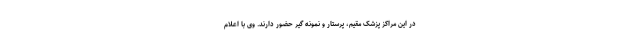
در این مراکز پزشک مقیم، پرستار و نمونه گیر حضور دارند. وی با اعلام